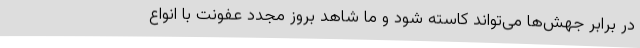
در برابر جهش‌ها می‌تواند کاسته شود و ما شاهد بروز مجدد عفونت با انواع